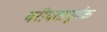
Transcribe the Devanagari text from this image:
वरीयतापूर्वक